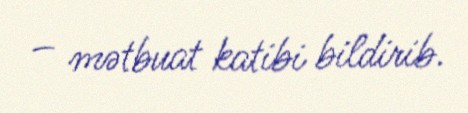
– mətbuat katibi bildirib.